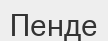
Пенде